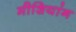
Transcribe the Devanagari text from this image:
मीशियांग